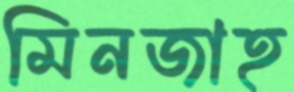
মিনজাহ